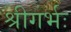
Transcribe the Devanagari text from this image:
श्रीगर्भः